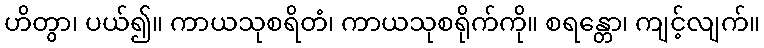
ဟိတွာ၊ ပယ်၍။ ကာယသုစရိတံ၊ ကာယသုစရိုက်ကို။ စရန္တော၊ ကျင့်လျက်။